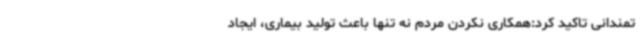
تمندانی تاکید کرد:همکاری نکردن مردم نه تنها باعث تولید بیماری، ایجاد